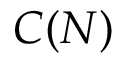
C ( N )